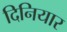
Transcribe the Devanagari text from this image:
दिनियार